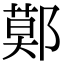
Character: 鄚